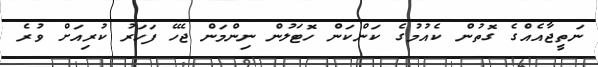
ނަތީޖާއެއްގެ ގޮތުން ކެއުމުގެ ކަންކަން ހޮޓަލުން ނިންމަން ޖެހޭ ފަހަރު ކުރިއަށް ވުރެ